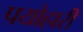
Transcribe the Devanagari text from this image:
पयोहारी